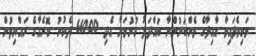
ވަކިވެފައިވާ އާއިލާގެ މެންބަރުންނާ ބައްދަލު ކުރުމަށް އެދި 66000 ދެކުނު ކޮރެއާގެ ރައްޔިތުން